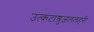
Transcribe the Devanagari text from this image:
उत्कटाश्रुजललहरी